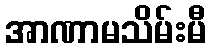
အာဏာမသိမ်းမီ